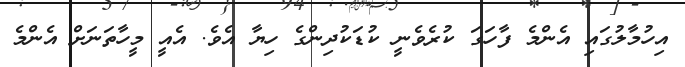
އިހުމާލުގައި އެންމެ ފާހަގަ ކުރެވެނީ ކުޑަކުދިންގެ ހިޔާ އެވެ. އެއީ މީހާތަނަށް އެންމެ